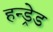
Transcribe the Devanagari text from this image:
हन्ड्रेड